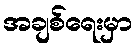
အချစ်ရေးမှာ